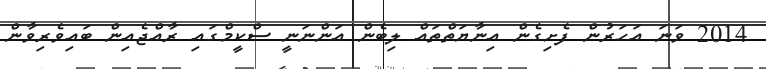
2014 ވަނަ އަހަރުން ފެށިގެން އިނާޔަތްތައް ލިބެން އަންނަނީ ސްކީމްގައި ރާއްޖެއިން ބައިވެރިވާން